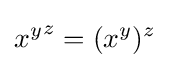
{x^{y}}^{z}=(x^{y})^{z}